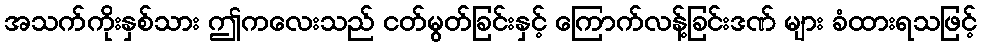
အသက်ကိုးနှစ်သား ဤကလေးသည် ငတ်မွတ်ခြင်းနှင့် ကြောက်လန့်ခြင်းဒဏ် များ ခံထားရသဖြင့်